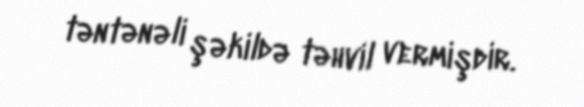
təntənəli şəkildə təhvil vermişdir.